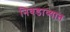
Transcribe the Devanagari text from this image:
निवडाव्यात